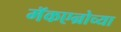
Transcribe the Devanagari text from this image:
मॅकएन्रोच्या